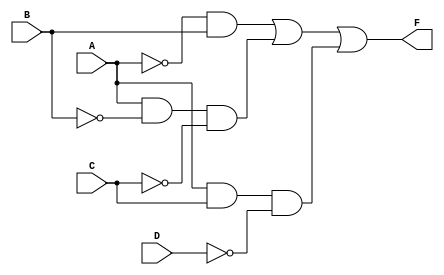
module combinational_logic_block (
    input wire A,     // Input variable A
    input wire B,     // Input variable B
    input wire C,     // Input variable C
    input wire D,     // Input variable D
    output wire F     // Output of the logic function
);

// Internal signals for the prime implicants
wire not_A;        // A'
wire not_B;        // B'
wire not_C;        // C'
wire not_D;        // D'
wire term1;        // A'B
wire term2;        // AB'C
wire term3;        // ACD'

// Invert the inputs
not u1(not_A, A);
not u2(not_B, B);
not u3(not_C, C);
not u4(not_D, D);

// Generate the terms based on the essential prime implicants
and u5(term1, not_A, B);      // A'B
and u6(term2, A, not_B, not_C); // AB'C
and u7(term3, A, C, not_D);   // ACD'

// Combine the terms using OR
or u8(F, term1, term2, term3); // F = A'B + AB'C + ACD'

endmodule